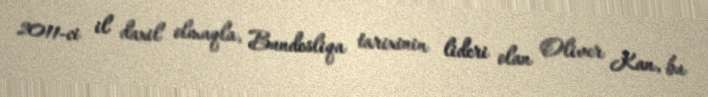
2011-ci il daxil olmaqla, Bundesliqa tarixinin lideri olan Oliver Kan, bu